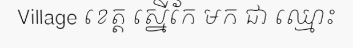
Village ខេត្ត ស្នើកែ មក ជា ឈ្មោះ